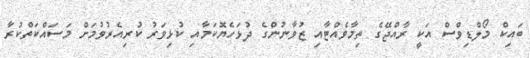
ބައިކް މޯލްޑިވްސް އަކީ ރާއްޖޭގެ ތިމާވެއްޓާއި ޒުވާނުންގެ ދުޅަހެޔޮކަމާއި ކުޅިވަރު ކުރިއެރުވުމަށް މަސައްކަތްކުރާ